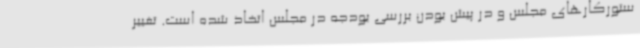
ستورکارهای مجلس و در پیش بودن بررسی بودجه در مجلس اتخاذ شده است. تغییر